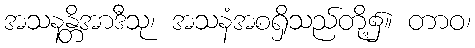
အသနန္တိအာဒီသု၊ အသနံအစရှိသည်တို့၌။ တာဝ၊